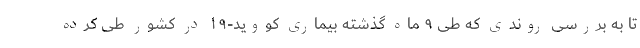
تا به بررسی روندی که طی ۹ ماه گذشته بیماری کووید-۱۹ در کشور طی کرده